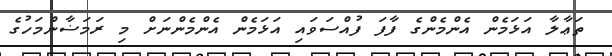
ތަޢާލާ އަޅަމެން އެންމެންގެ ފާފަ ފުއްސަވައި އަޅަމެން އެންމެންނަށް މި ރަމަޟާންމަހުގެ